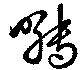
囀